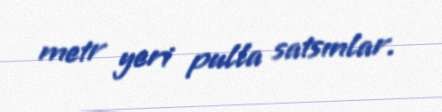
metr yeri pulla satsınlar.